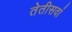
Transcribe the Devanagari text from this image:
तेतीसवां